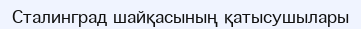
Сталинград шайқасының қатысушылары